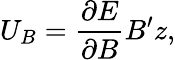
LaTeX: U_{B}=\frac{\partial{E}}{\partial{B}}B^{\prime}z,